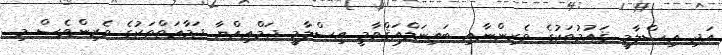
އަދި އިސްލާމީ ޤައުމުތަކުގެ ވެރިންނާއި ބައިނަލްއަޤްވާމީ އިސްލާމީ ޖަމްޢިއްޔާ ޖަމާޢަތްތަކުގެ ވެރިންވެސް މި